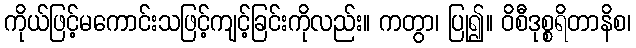
ကိုယ်ဖြင့်မကောင်းသဖြင့်ကျင့်ခြင်းကိုလည်း။ ကတွာ၊ ပြု၍။ ဝိစီဒုစ္စရိတာနိစ၊